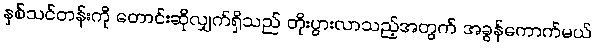
နှစ်သင်တန်းကို တောင်းဆိုလျှက်ရှိသည် တိုးပွားလာသည့်အတွက် အခွန်ကောက်မယ်